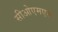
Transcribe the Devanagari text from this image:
सीओएमएस